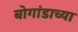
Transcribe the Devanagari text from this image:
बोगांडाच्या